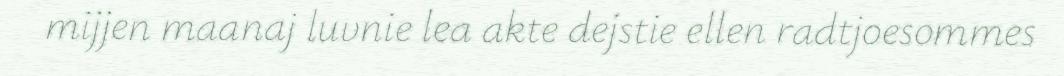
mijjen maanaj luvnie lea akte dejstie ellen radtjoesommes